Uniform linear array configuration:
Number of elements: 16
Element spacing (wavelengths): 0.5
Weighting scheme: binomial
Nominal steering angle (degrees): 45
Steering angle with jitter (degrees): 46.074
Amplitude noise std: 0.05
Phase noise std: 0.05

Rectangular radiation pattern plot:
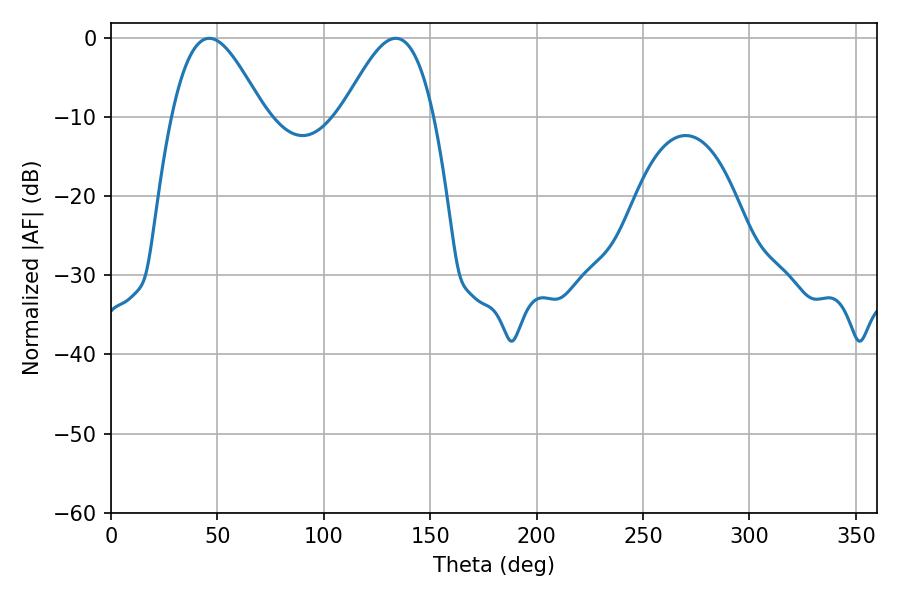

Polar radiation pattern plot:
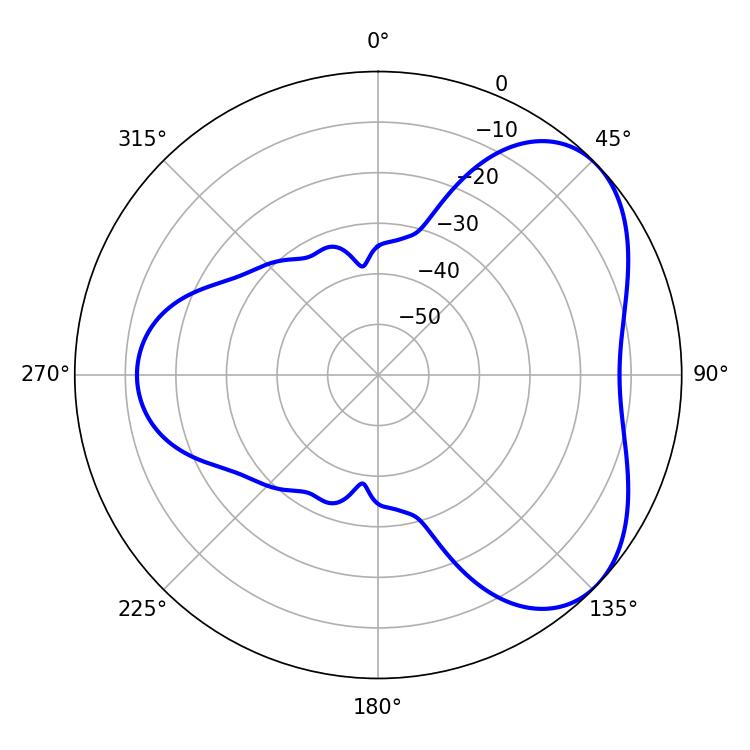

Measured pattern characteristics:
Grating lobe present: FALSE
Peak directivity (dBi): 4.842
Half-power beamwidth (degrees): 23.22
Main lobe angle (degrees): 46.26